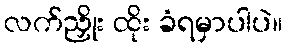
လက်ညှိုး ထိုး ခံရမှာပါပဲ။